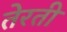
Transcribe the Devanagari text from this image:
तेरती